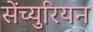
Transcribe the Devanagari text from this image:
सेंच्युरियन